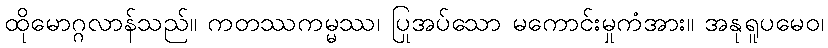
ထိုမောဂ္ဂလာန်သည်။ ကတဿကမ္မဿ၊ ပြုအပ်သော မကောင်းမှုကံအား။ အနုရူပမေဝ၊